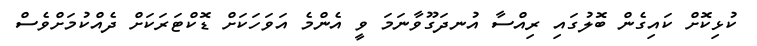
ކުޅިކޮށް ކައިގެން ބޮލުގައި ރިއްސާ އުނދަގޫވާނަމަ ވީ އެންމެ އަވަހަކަށް ޑޮކްޓަރަކަށް ދެއްކުމަށްވެސް